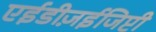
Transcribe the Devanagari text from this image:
एईडीज़ईजिप्टी